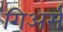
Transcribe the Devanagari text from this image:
गिअर्स